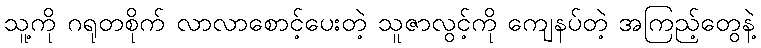
သူ့ကို ဂရုတစိုက် လာလာစောင့်ပေးတဲ့ သူဇာလွင့်ကို ကျေနပ်တဲ့ အကြည့်တွေနဲ့